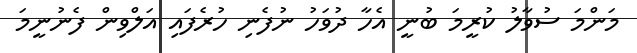
މަންމަ ސުވާލު ކުރީމަ ބުނީ އެހާ ދުވަހު ނުފެނި ހުރެފައި އަލްވިން ފެނުނީމަ